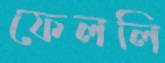
ফেললি